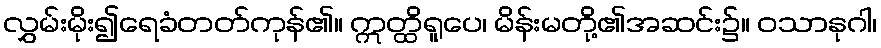
လွှမ်းမိုး၍ရေခံတတ်ကုန်၏။ ဣတ္ထိရူပေ၊ မိန်းမတို့၏အဆင်း၌။ ဝသာနုဂါ၊